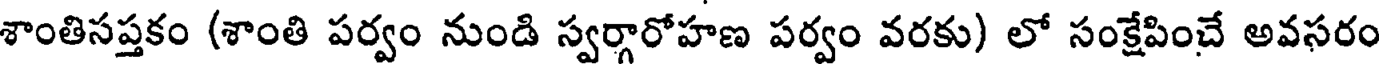
శాంతిసప్తకం (శాంతి పర్వం నుండి స్వర్గారోహణ పర్వం వరకు) లో సంక్షేపించే అవసరం